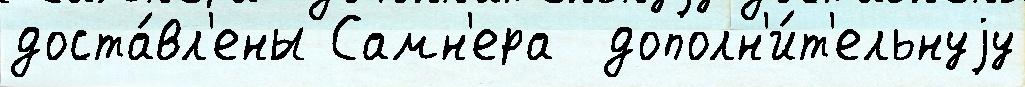
доста́вл'ены Самн'ера  дополн'и́т'ельнуjу